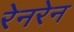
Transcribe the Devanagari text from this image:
रेनरेन